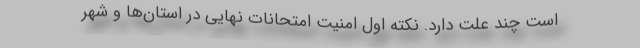
است چند علت دارد. نکته اول امنیت امتحانات نهایی در استان‌ها و شهر